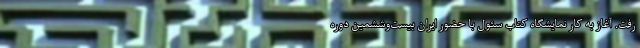
رفت. آغاز به کار نمایشگاه کتاب سئول با حضور ایران بیست‌وششمین دوره